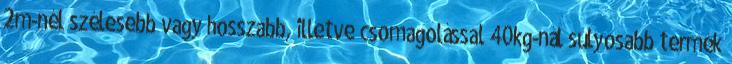
2m-nél szélesebb vagy hosszabb, illetve csomagolással 40kg-nál súlyosabb termék